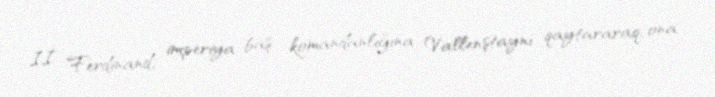
II Ferdinand, imperiya baş komandanlığına Vallenştaynı qaytararaq, ona